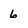
Character: 6